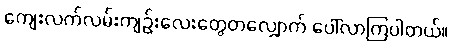
ကျေးလက်လမ်းကျဉ်းလေးတွေတလျှောက် ပေါ်လာကြပါတယ်။